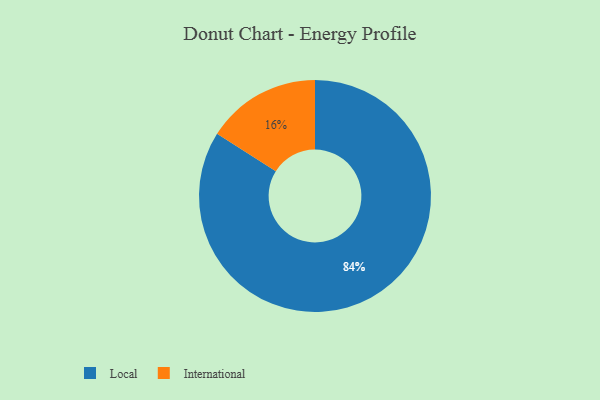
{"axis": {"x": "Category", "y": "Percentage"}, "legend": ["International", "Local"], "data": [{"x": "International", "y": 16, "type": "International"}, {"x": "Local", "y": 84, "type": "Local"}]}